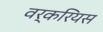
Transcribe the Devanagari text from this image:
वर्करियस